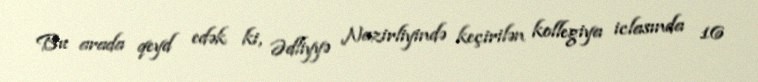
Bu arada qeyd edək ki, Ədliyyə Nazirliyində keçirilən kollegiya iclasında 16